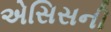
એસિસની